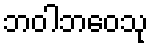
ဘဝါဘဝေသု